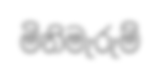
මිනිමැරුම්